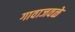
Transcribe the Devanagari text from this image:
गावाजवळे